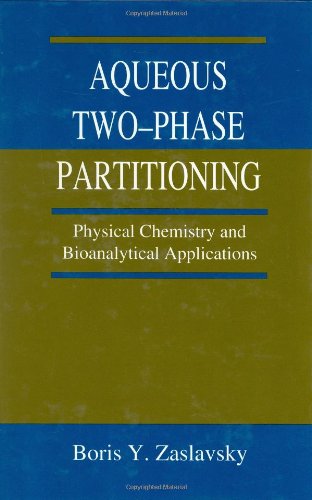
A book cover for Aqueous Two-Phase Partitioning: Physical Chemistry and Bioanalytical Applications; Boris Y. Zaslavsky; Science & Math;